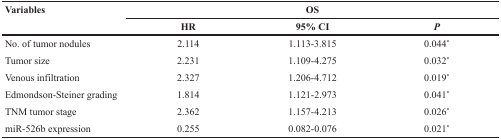
| <ROWSPAN=2> Variables | <COLSPAN=3> OS |
 | HR | 95% CI | P |
 | --- | --- | --- | --- |
 | No. of tumor nodules | 2.114 | 1.113-3.815 | 0.044* |
 | Tumor size | 2.231 | 1.109-4.275 | 0.032* |
 | Venous infiltration | 2.327 | 1.206-4.712 | 0.019* |
 | Edmondson-Steiner grading | 1.814 | 1.121-2.973 | 0.041* |
 | TNM tumor stage | 2.362 | 1.157-4.213 | 0.026* |
 | miR-526b expression | 0.255 | 0.082-0.076 | 0.021* |